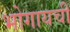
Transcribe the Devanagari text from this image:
भोगायची